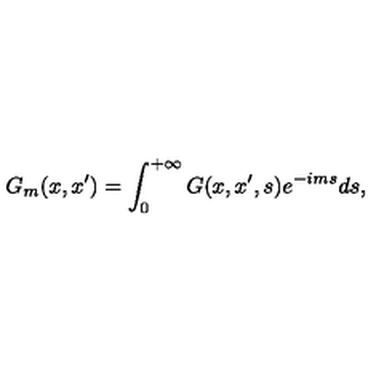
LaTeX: G _ { m } ( x , x ^ { \prime } ) = \int _ { 0 } ^ { + \infty } G ( x , x ^ { \prime } , s ) e ^ { - i m s } d s ,